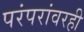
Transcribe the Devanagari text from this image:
परंपरांवरही